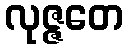
လုဇ္ဇတေ